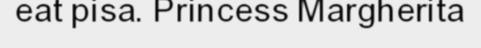
eat pisa. Princess Margherita